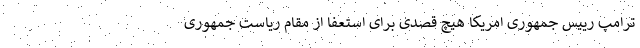
ترامپ رییس جمهوری امریکا هیچ قصدی برای استعفا از مقام ریاست جمهوری